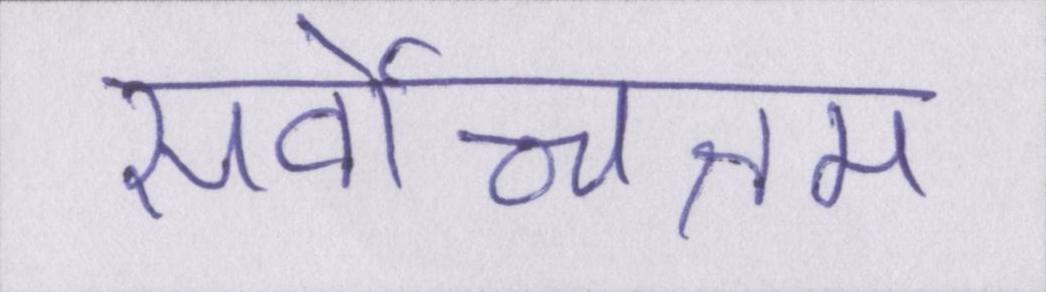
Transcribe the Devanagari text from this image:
सर्वोच्चतम